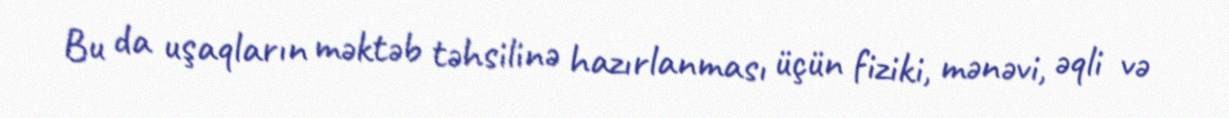
Bu da uşaqların məktəb təhsilinə hazırlanması üçün fiziki, mənəvi, əqli və